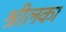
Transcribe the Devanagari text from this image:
श्रीलकां